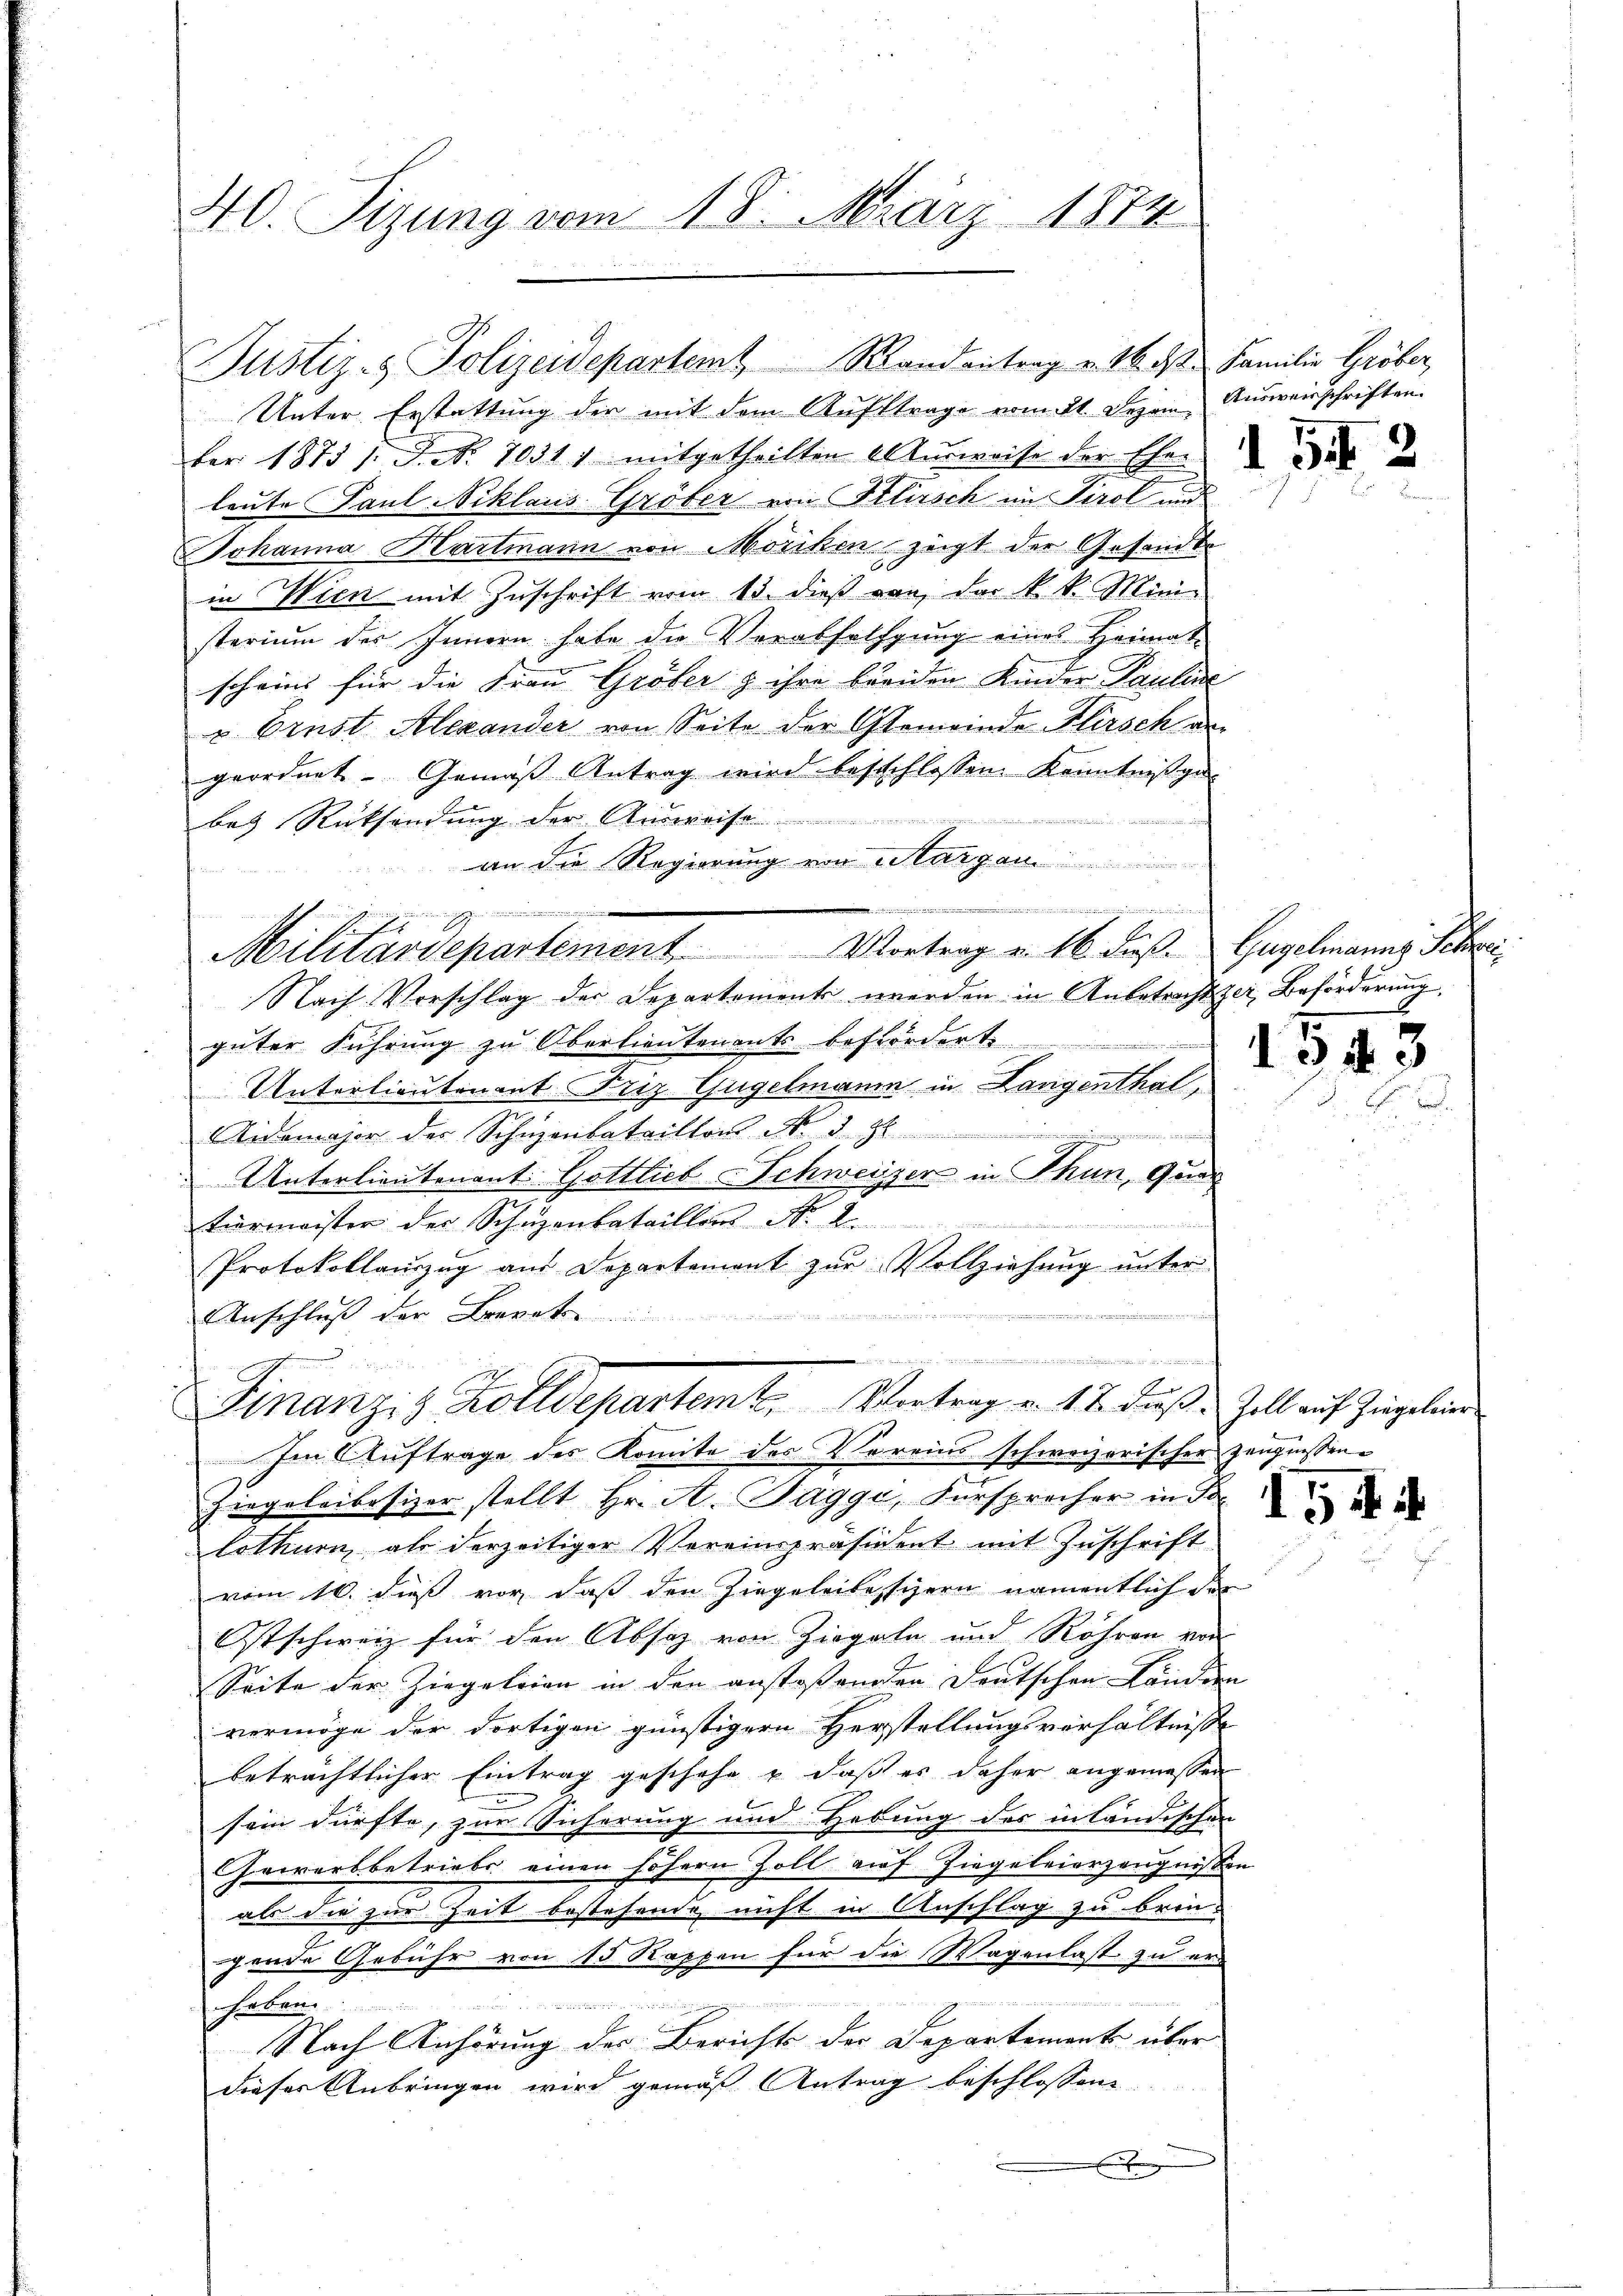
40. Sizung vom 18. März 1874

fer 1875 /: J. No. 7031 1 mitgetheilten Aŭsweise der Eher
leute Paul Niklaus-Gröber von Klirsch im Tirol und
Johanna Hartmann von Möriken zeigt der Gesandte
in Wien mit Zuschrift vom 13. dieß von der k. k. Mini-
sterium des Innern habe die Verabfolgung eines Heimat-
scheint für die Frau Gröber z ihre breiden Kinder Pauline
u Ernst Alexander von Seite der Gemeinde Flirsch an
geordnet. Gemäß Antrag wird beschlossen. Kenntnißgabey Rücksendung der Ausreise
an die Regierung von Margau

Nach Vorschlag der Departements werden in Anbetrachtzer Beförderung,
güter Führŭng zŭ Oberlieutenants befördert.
Unterlieutenant Friz Gugelmann in Langenthal,
Aidemajor der Schnenbataillon No 39
Unterlieutenant. Gottlieb Schweizer in Thun, Quer
tiermeister der Schuzenbataillon Nr. 2
Protokollauszug aus Departement zŭr Vollziehung unter

Anschluß der Brevet

m
s
Finanzig Kolldepartemt. Vortrag u. 12 Fuß. Zoll auf Zingeleier
Im Auftrage des Komite des Vereins schweizerischer Zeugnissenziegeleibesizer stellt Hr. A. Baggi, Fürsprecher in de
lothurn, als derzeitiger Vereinspräsident mit Zuschrift
vom 16. dieß vor, daß den Ziegeleitessizern namentlich de
Ostschweiz für den Absatz von Ziegeln und Röhren von
Seite der Ziegeleien in den anstoßenden Deutschen Länder
vermöge der dortigen günstigern Herstellungsverhältniße
beträchtlicher Eintrag geschehe & daß es daher angemessen
sein dürfte, zur Sicherung und Hebung des in ländische
Gewerbbetriebs einen höhern Zoll auf Ziegeleierzeugniß
als die zur Zeit bestehende nicht in Anschlag zu brin-
gende Gebühr von 15 Rappen für die Wagenlast zu er-
2. Bett
haben.
Nach Anhörung des Berichts der Departement über
dieser Anbringen wird gemäß Antrag beschlossene
f

wienischen und in einen
Militärdepartement. Montrag u. 16. Fuß.

Justiz- & Polizeidepartemt, Randantrag v. M. ds.

Unter Erstattung der mit dem Auftrage vom 21. Dezem Ausweisschriften.

Familie Gröber

x

I 542

Gugelmanns Schrei

d

1543

15 f 4